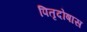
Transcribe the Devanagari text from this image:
पितृदोषास